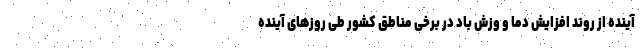
آینده از روند افزایش دما و وزش باد در برخی مناطق کشور طی روزهای آینده